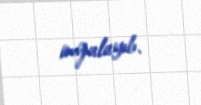
imzalayıb.